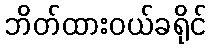
ဘိတ်ထားဝယ်ခရိုင်